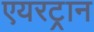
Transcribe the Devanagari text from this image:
एयरट्रान